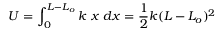
U = \int _ { 0 } ^ { L - L _ { o } } { k \ x \ d x } = { \frac { 1 } { 2 } } k ( L - L _ { o } ) ^ { 2 }